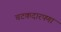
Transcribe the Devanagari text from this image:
चटकदारपणा